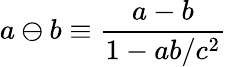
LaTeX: \displaystyle a\ominus b\equiv\frac{a-b}{1-ab/c^{2}}